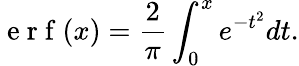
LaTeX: \mathrm{~e~r~f~}(x)=\frac{2}{\pi}\int_{0}^{x}e^{-t^{2}}dt.